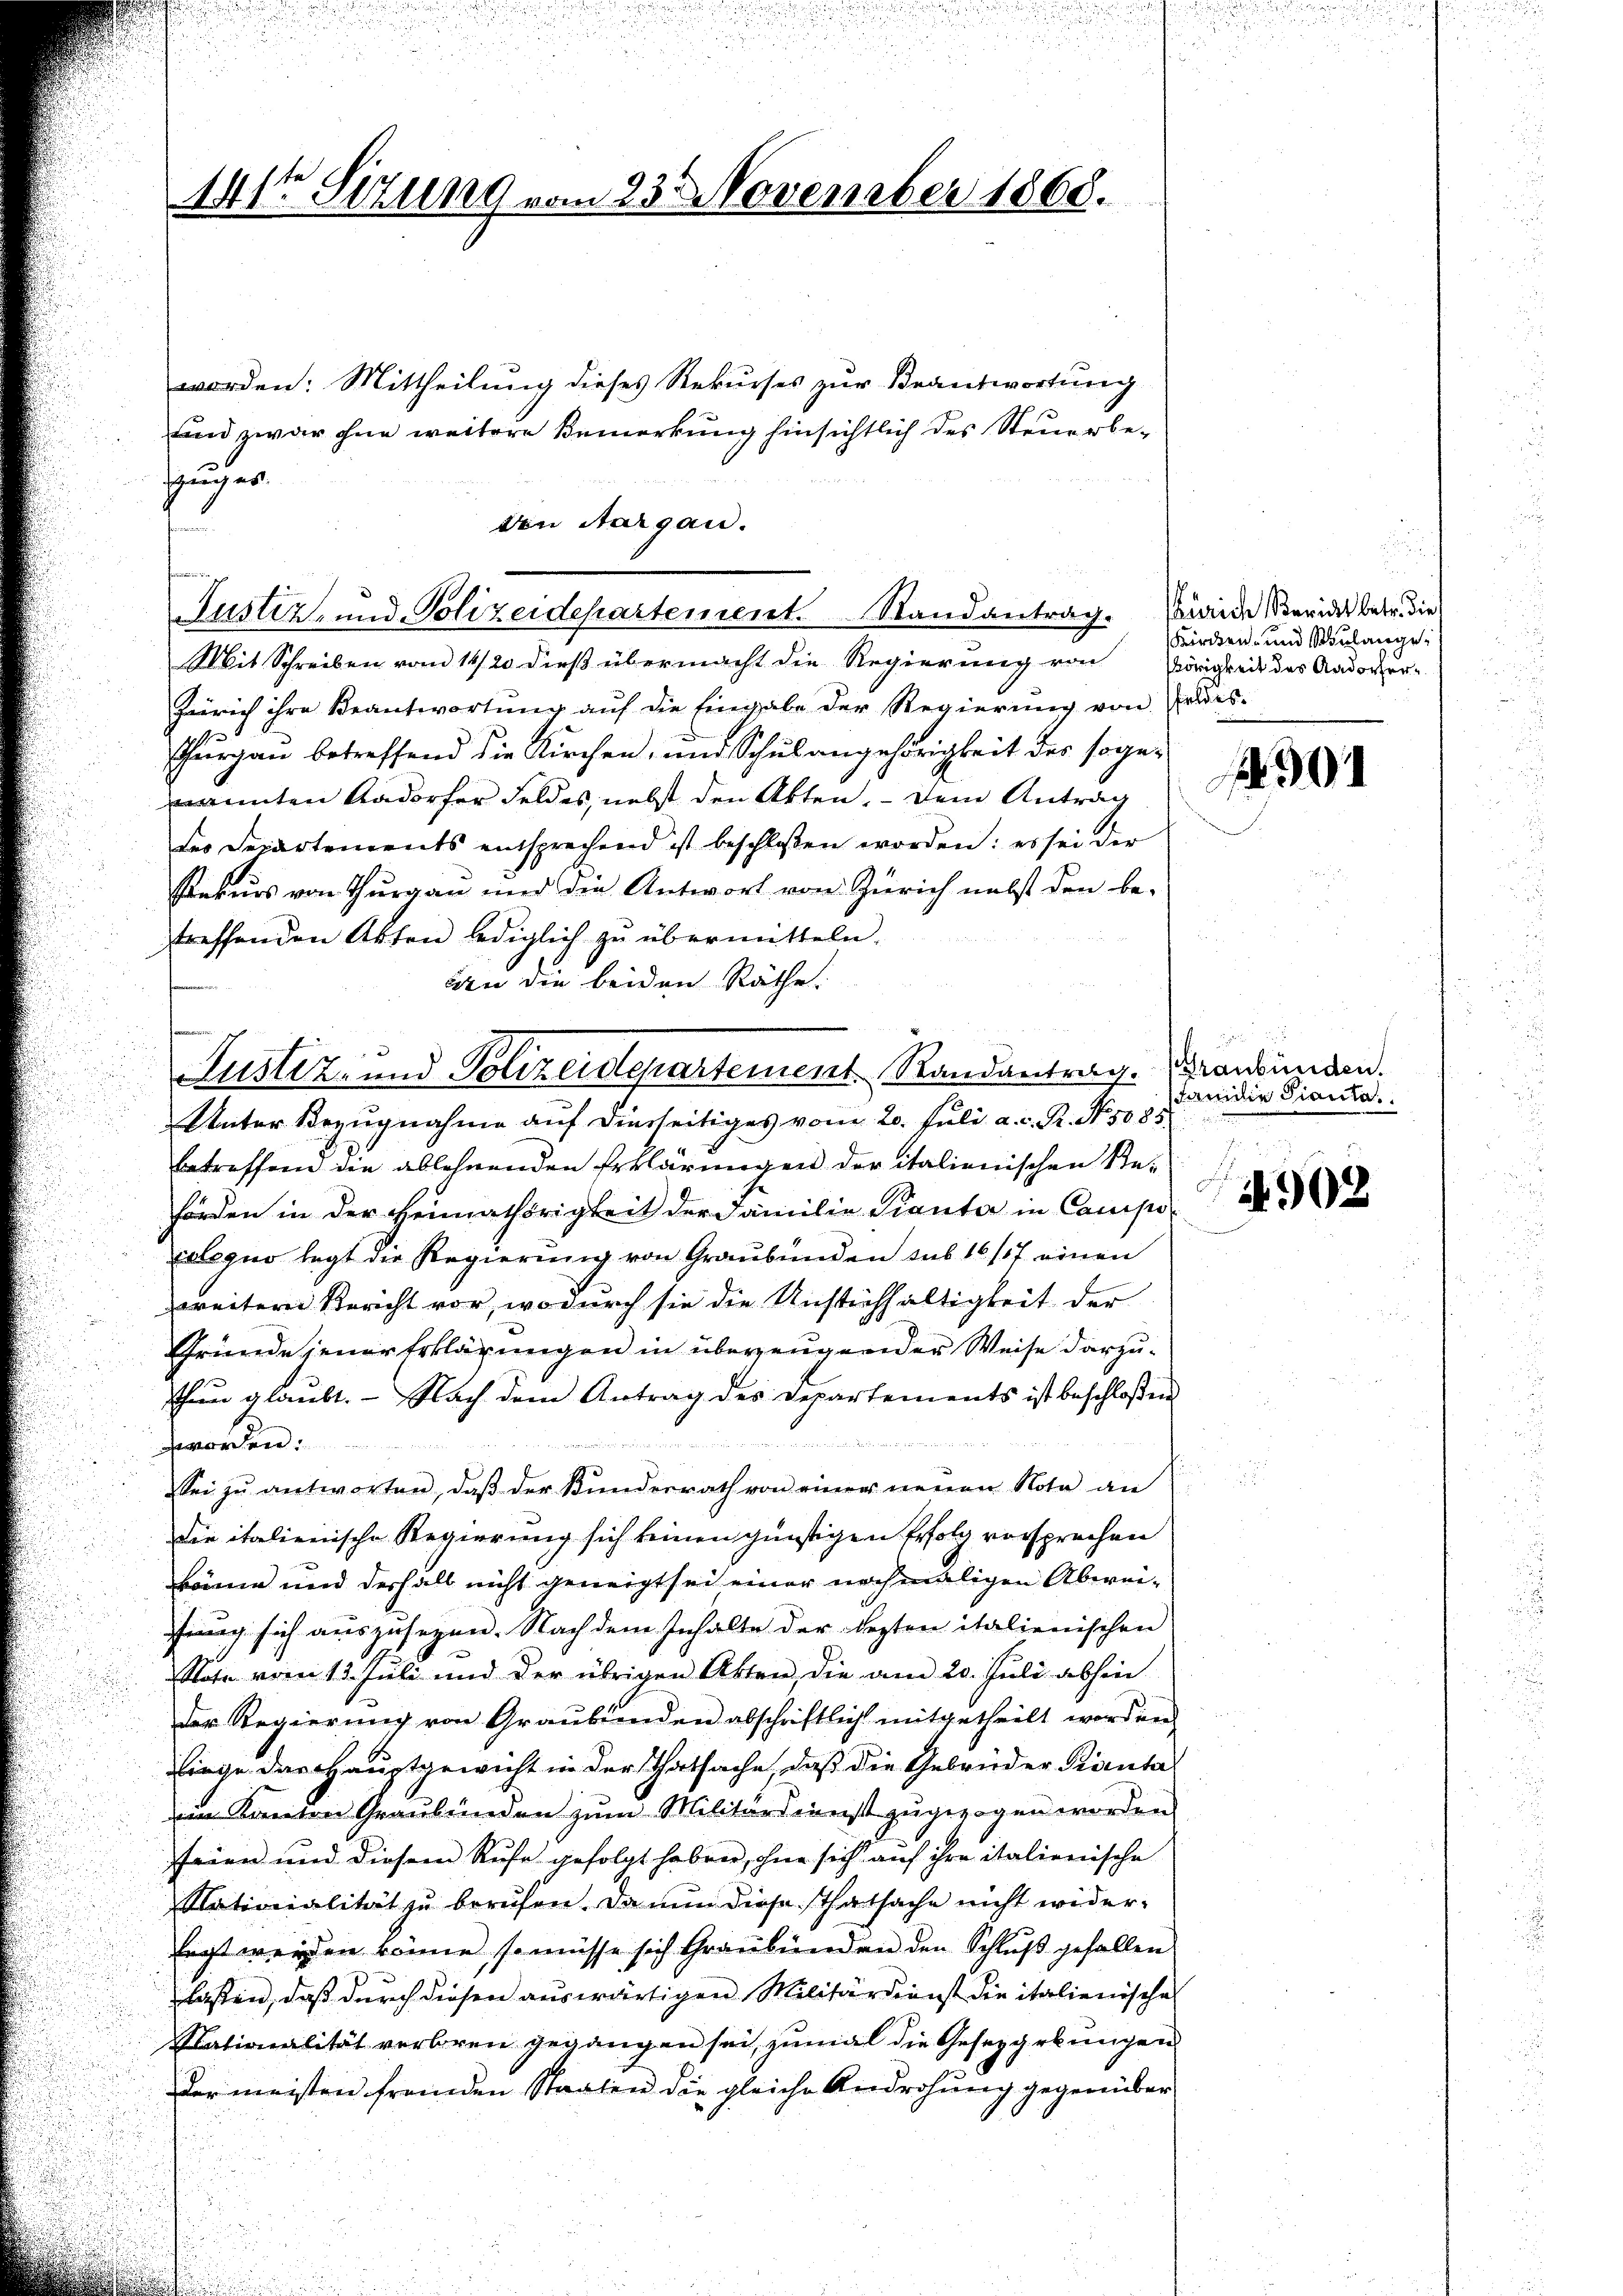
worden: Mittheilung dieses Rekurses zur Beantwortung
sind zwar ohne weitere Bemerkung hinsichtlich des Steuerbe-
schung er
Mit Schreiben vom 14/20 dieß übermacht die Regierung von
Zürich ihre Beantwortung auf die Eingabe der Regierung von Feldes-
Thurgau betreffend die Kirchen, und Schulangehörigkeit der sogenannten Aadorfer Feldes, nebst den Akten. – Dem Antrag
des Departements entsprechend ist beschlossen worden: es sei der
Pekurs von Thurgau und die Antwort von Zürich nebst den be-
treffenden Akten lediglich zu übermitteln.
dn die beiden Räthe.
Justiz- und Polizeidepartement Randantrag. Graubünden.
Unter Bezugnahme auf dierseitiges vom 20. Juli a. c. R. No. 5085
betreffend die ablehnenden Erklärungen der italienischen Re-
förden in der Heimathörigkeit der Familie Pianta in Campecxlequo legt die Regierung von Graubünden sus 16/17 einen
zweitern Bericht vor, wo durch sie die Unstichhaltigkeit der
Gründe jener Erklärungen in überzeugender Weise darzu¬
Thun glaŭbt. Nach dem Antrag des Departements ist beschloßen

denn der Mitte geleiten hat
wworden.
ei zŭ antworten, daβ der Bŭndesrath von einer neuen Nota an
Die italienische Regierung sich keinen günstigen Erfolg vorsprechen
könne und deshalb nicht geneigt sei einer nochmaligen Abweifung sich auszusezen. Nach dem Inhalte der lezten italienischen
Note vom 13. Juli und der übrigen Akten, die am 20. Jŭli abhin
der Regierung von Graubünden abschriftlich mitgetheilt worden.
liege das Hauptgewicht in der Thatsache, daß die Gebrüder Pianta
in Kanton Graubünden zum Militärdienst zugezogen worden.
seien und diesem Rufe gefolgt haben, ohne sich auf ihre italienische
Nationalität zu berufen. Da nun diese Thatsache nicht widerlegt werden könne, so müsse sich Graubünden den Schluß gefallen
lassen, daß durch diesen auswärtigen Militärdienst die italienisches
Stationalität verbren gegangen sei, zumal die Gesetzgebungen
der meisten fremden Staaten die gleiche Androhung gegenüber

441t Sizung vom 23. November 1868.

den Aargau.
Justiz und Polizeidepartement. Randantrag. Waide Berider betr. die

ircken- und Sulange
Vörigkeit des Aadorher¬

01

Familie Pianta.
902